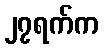
၂၇ရက်က